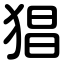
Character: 猖